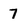
Character: 7